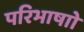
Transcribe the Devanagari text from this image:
परिभाषाो